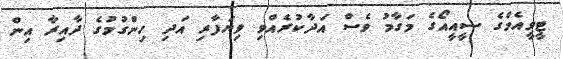
ޓީވީއެމްގެ ސީއީއޯގެ މަގާމު ވެސް އަދާކުރެއްވި ވިޔަފާރި އަދި ހިންގުމުގެ ދާއިރާ އިން